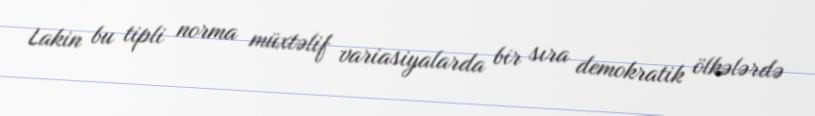
Lakin bu tipli norma müxtəlif variasiyalarda bir sıra demokratik ölkələrdə